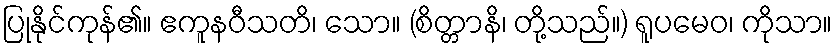
ပြုနိုင်ကုန်၏။ ဧကူနဝီသတိ၊ သော။ (စိတ္တာနိ၊ တို့သည်။) ရူပမေဝ၊ ကိုသာ။